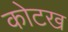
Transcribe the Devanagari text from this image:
कोटख